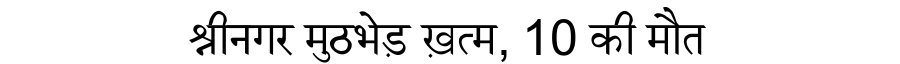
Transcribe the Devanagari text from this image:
श्रीनगर मुठभेड़ ख़त्म, 10 की मौत